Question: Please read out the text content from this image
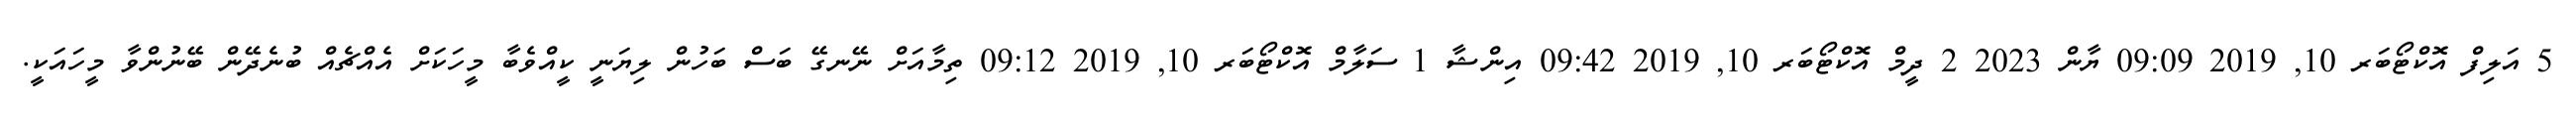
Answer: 5 އަލިފް އޮކްޓޯބަރ 10, 2019 09:09 ޔާން 2023 2 ދީމް އޮކްޓޯބަރ 10, 2019 09:42 އިންޝާ 1 ސަލާމް އޮކްޓޯބަރ 10, 2019 09:12 ތިމާއަށް ނޭނގޭ ބަސް ބަހުން ލިޔަނީ ކީއްވެބާ މީހަކަށް އެއްޗެއް ބުނެދޭން ބޭނުންވާ މީހައަކީ.